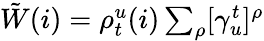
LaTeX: \begin{array}{r}{\tilde{W}(i)=\rho_{t}^{u}(i)\sum_{\rho}[\gamma_{u}^{t}]^{\rho}}\end{array}